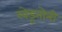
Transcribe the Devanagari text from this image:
खेडूतोनी